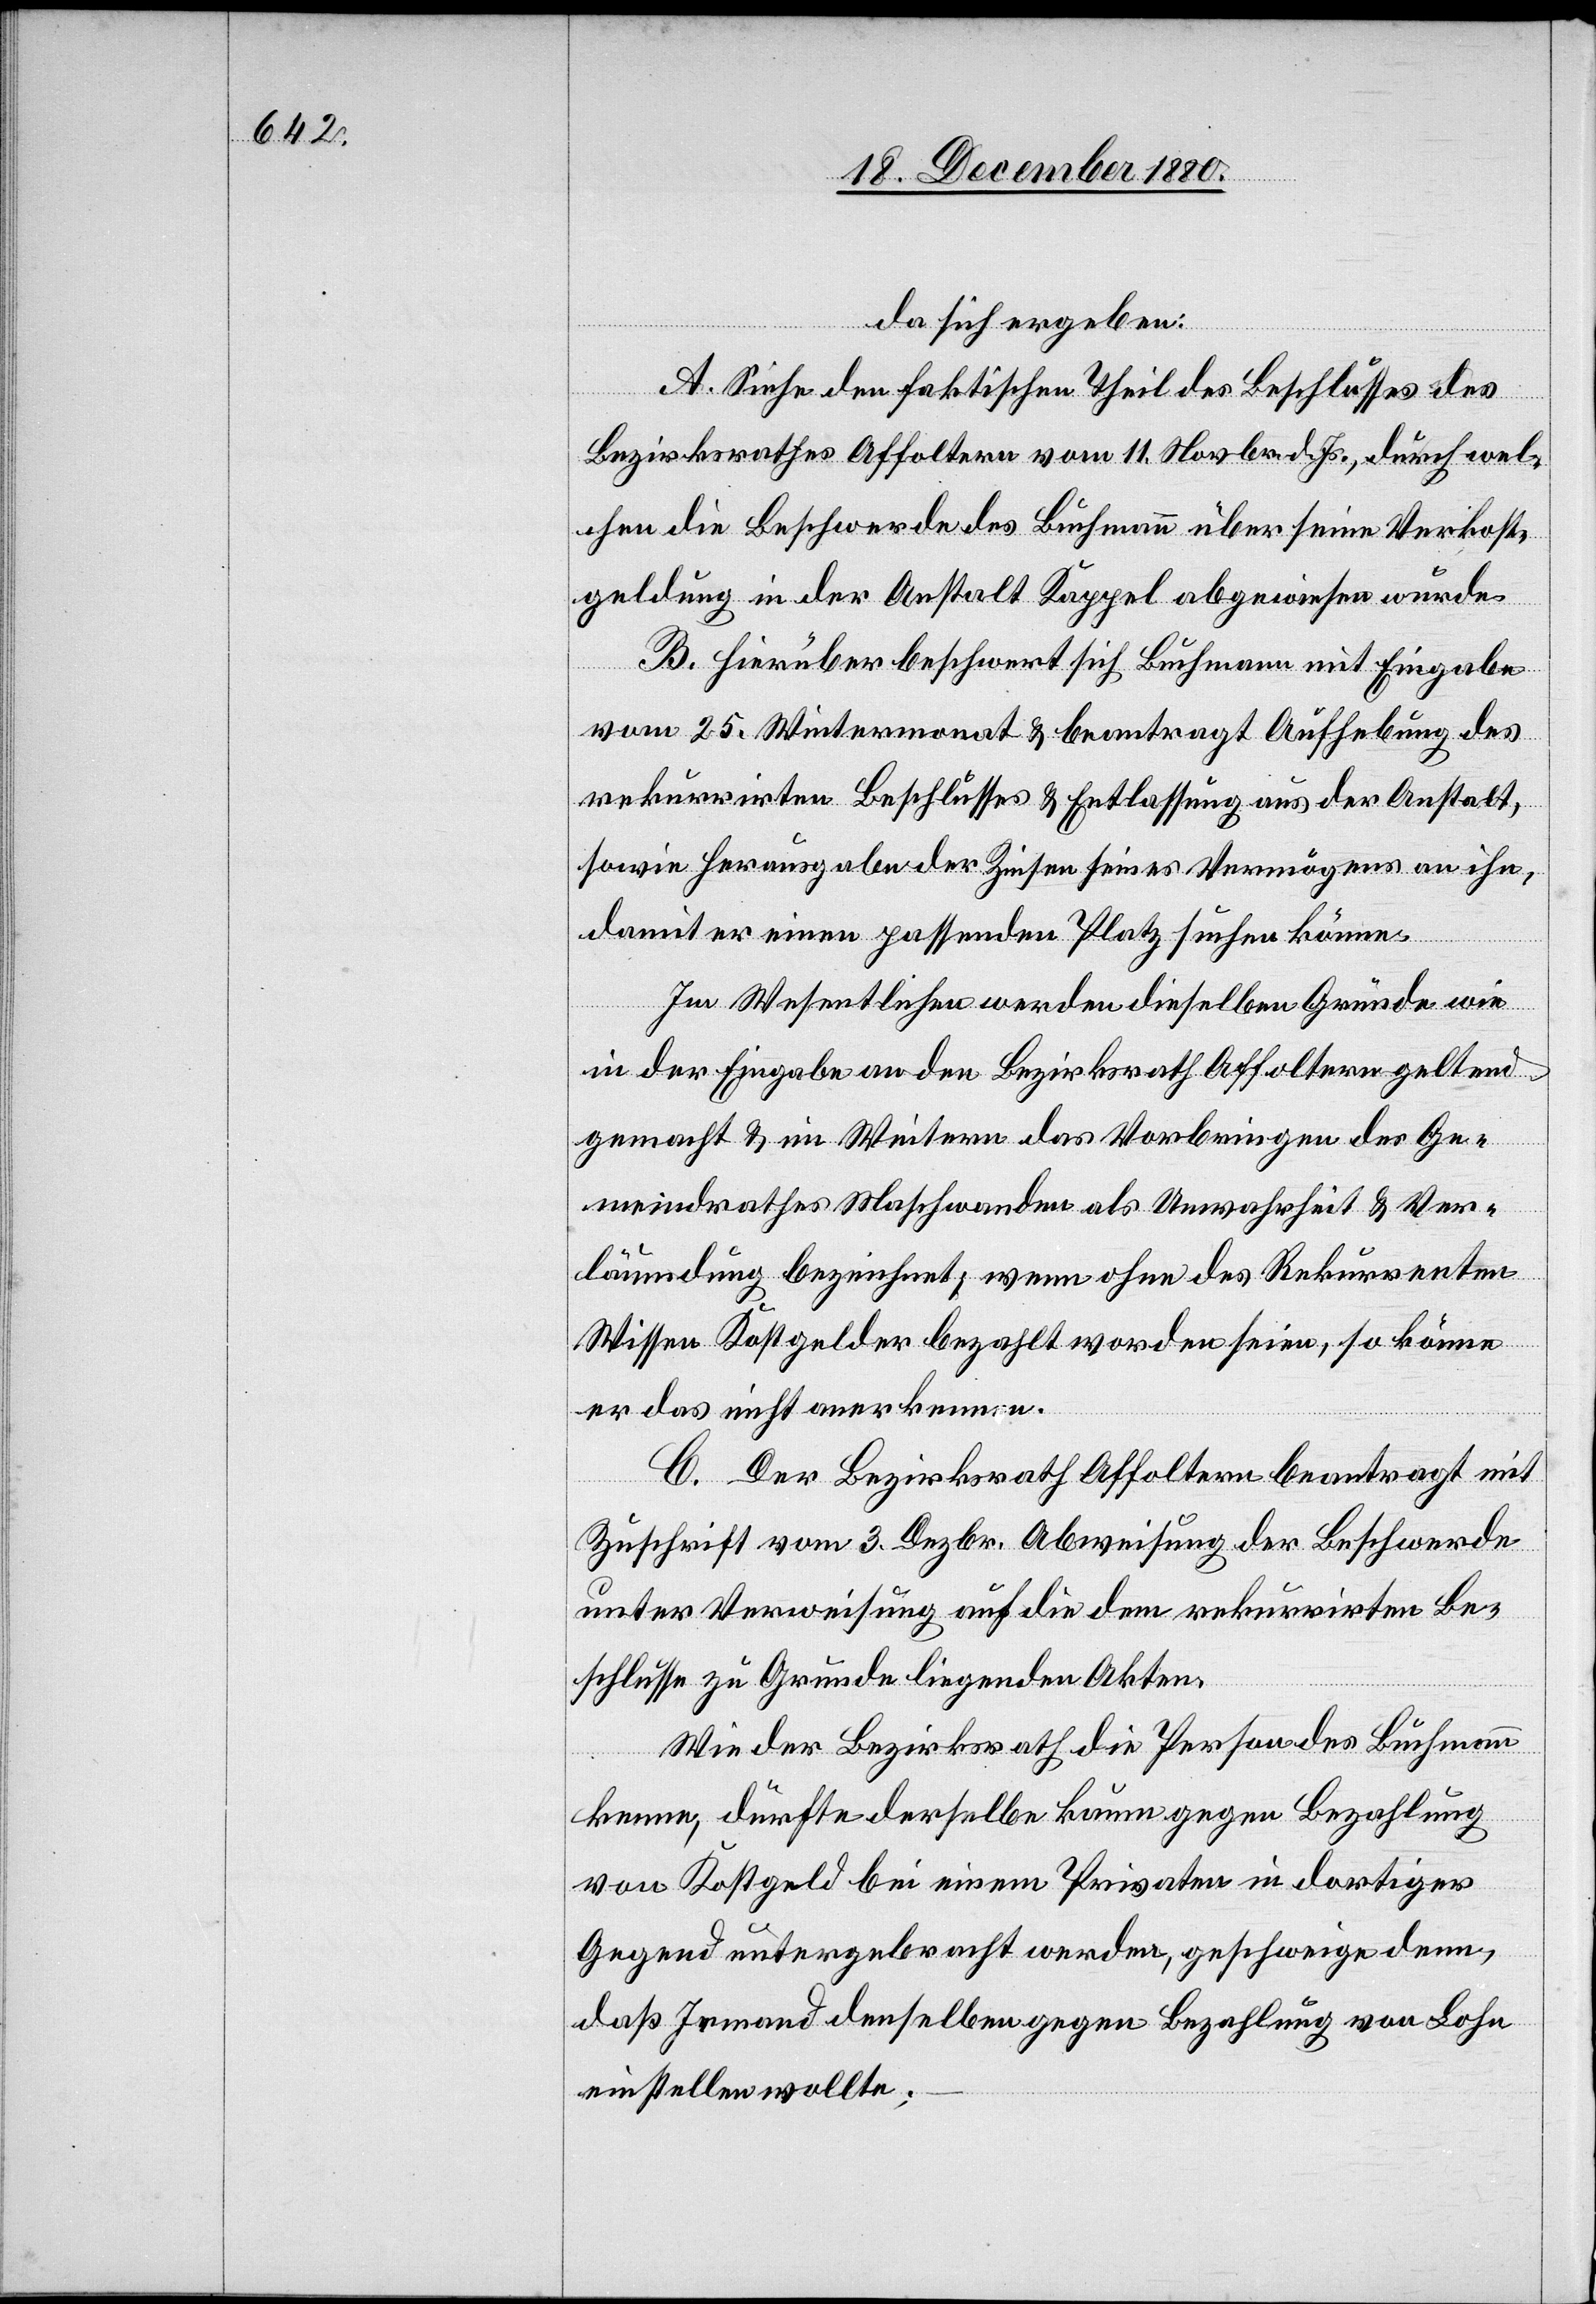
da sich ergeben:
A. Siehe den faktischen Theil des Beschlusses des
Bezirksrathes Affoltern vom 11. Novbr. d. Js., durch wel¬
chen die Beschwerde des Buchmann über seine Verkost¬
geldung in der Anstalt Kappel abgewiesen wurde.
B. Hierüber beschwert sich Buchmann mit Eingabe
vom 25. Wintermonat & beantragt Aufhebung des
rekurirten Beschlusses & Entlassung aus der Anstalt
sowie Herausgabe der Zinsen seines Vermögens an ihn,
damit er einen passenden Platz suchen könne.
Im Wesentlichen werden dieselben Gründe wie
in der Eingabe an den Bezirksrath Affoltern geltend
gemacht & im Weitern das Vorbringen des Ge¬
meindrathes Maschwanden als Unwahrheit & Ver¬
läumdung bezeichnet; wenn ohne das Rekurrenten
Wissen Kostgelder bezahlt worden seien, so könne
er das nicht anerkennen.
C. Der Bezirksrath Affoltern beantragt mit
Zuschrift vom 3. Dezbr. Abweisung der Beschwerde
unter Verweisung auf die dem rekurrirten Be¬
schlusse zu Grunde liegenden Akten.
Wie der Bezirksrath die Person des Buchmann
kenne, dürfte derselbe kaum gegen Bezahlung
von Kostgeld bei einem Privaten in dortiger
Gegend untergebracht werden, geschweig denn,
daß Jemand denselben gegen Bezahlung von Lohn
einstellen wollte;